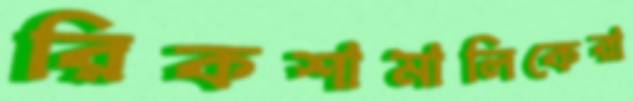
রিকশামালিকেরা